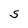
Character: S